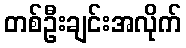
တစ်ဦးချင်းအလိုက်